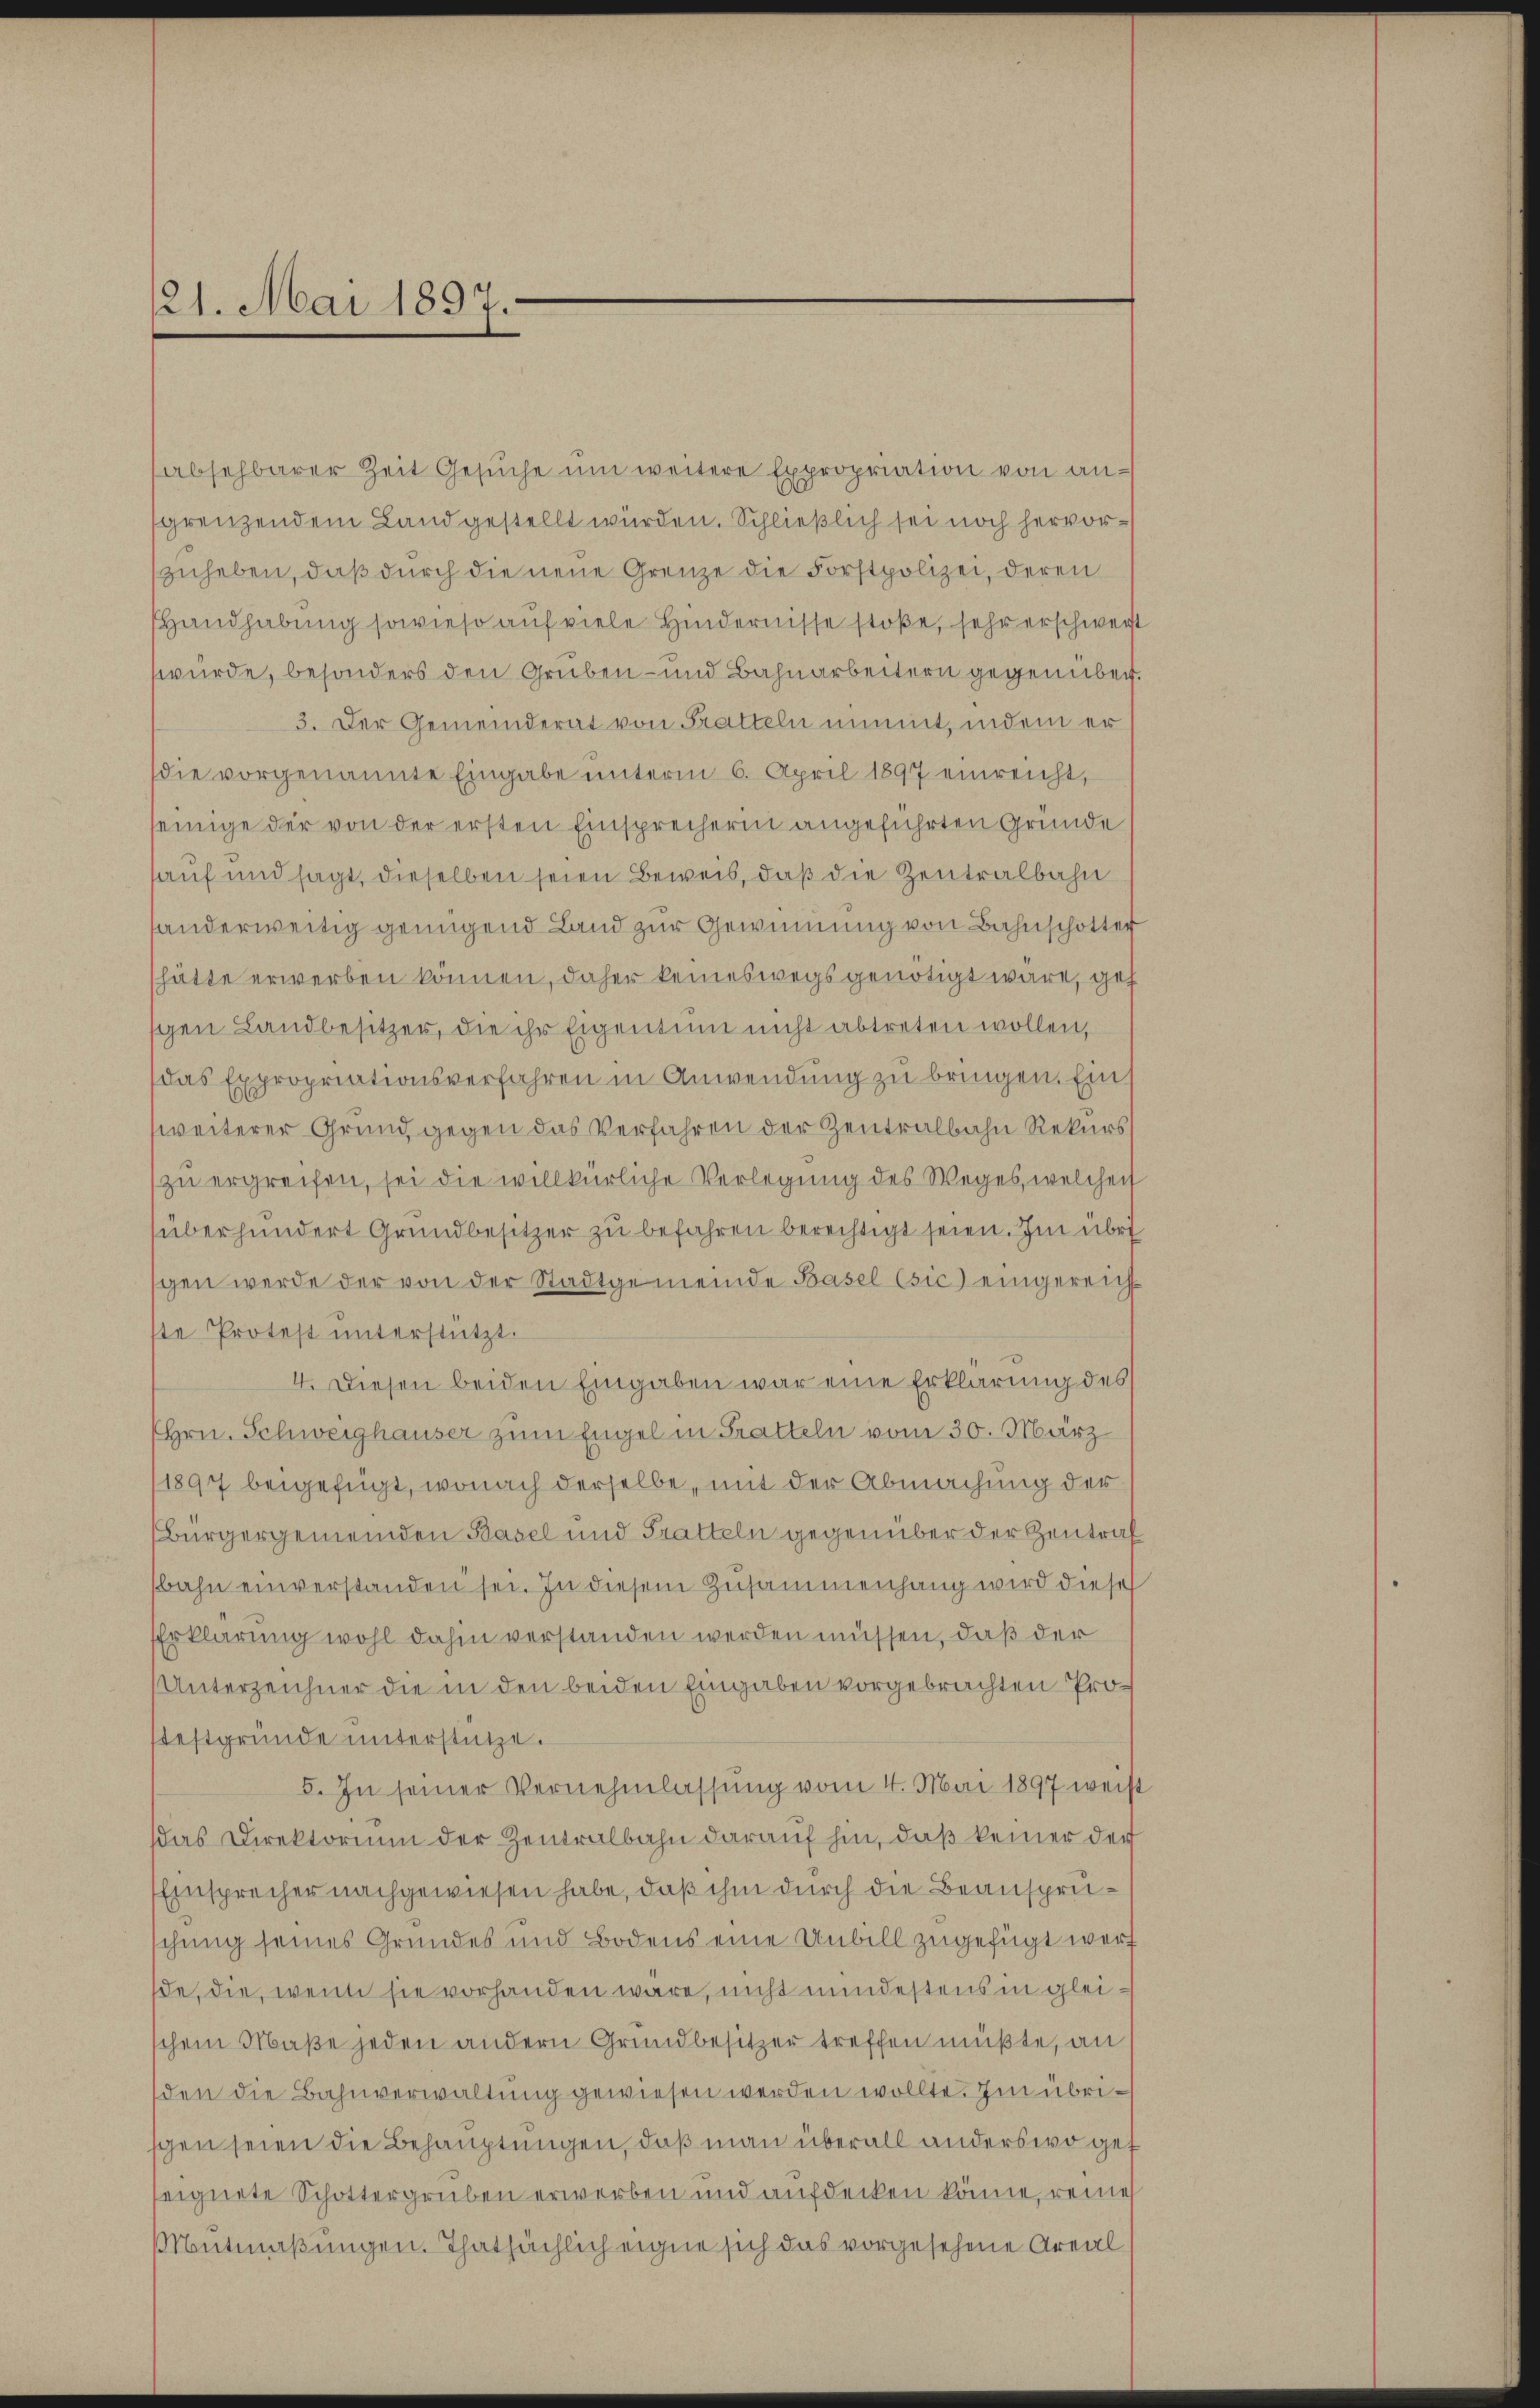
121. Mai 1897.

absehbarer Zeit Gesŭche ŭm weitere Expropriation von angrenzendem Land gestellt würden. Schließlich sei noch hervorzuheben, daß durch die neue Grenze die Forstpolizei, deren
Handhabung sowieso auf viele Hindernisse stoße, sehr erschwert
würde, besonders den Gruben- und Bahnarbeitern gegenüber.
3. Der Gemeinderat von Tratteln nimmt, indem er
die vorgenannte Eingabe unterm 6. April 1897 einreicht,
einige der von der ersten Einsprecherin angeführten Gründe
hauf und sagt, dieselben seien Beweis, daß die Zentralbahn
handerweitig genügend Land zur Gewinnung von Bahnschotter
hätte erwerben können, daher keineswegs genötigt wäre, geh
gen Landbesitzer, die ihr Eigentum nicht abtreten wollen,
das Expropriationsverfahren in Anwendung zu bringen. Ein
weiterer Grund, gegen das Verfahren der Zentralbahn Rekurs
zu ergreifen, sei die willkürliche Verlegung des Weges, welcher
überhundert Grundbesitzer zu befahren berechtigt seien. Im übri
gen werde der von der Stadtgemeinde Basel (sic) eingereichste Protest unterstützt.
4. Diesen beiden Eingaben war eine Erklärung des
Hrn. Schweighauser zum Engel in Tratteln vom 30. März
1897 beigefügt, wonach derselbe, mit der Abmachung der
Bürgergemeinden Basel und Tratteln gegenüber der Zentraf
bahn einverstanden sei. In diesem Zusammenhang wird diese
Erklärung wohl dahin verstanden werden müssen, daß der
Unterzeichner die in den beiden Eingaben vorgebrachten Prosfestgründe unterstütze.
5. In seiner Vernehmlassung vom 4. Mai 1897 weis
ddas Direktorium der Zentralbahn darauf hin, daß keiner der
Einsprecher nachgewiesen habe, daß ihm durch die Beansprüschung seines Grundes und Bodens eine Unbill zugefügt werf
de, die, wenn sie vorhanden wäre, nicht mindestens in gleichem Maße jeden andern Grundbesitzer treffen müßte, an
den die Bahnverwaltung gewiesen werden wollte. Im übrischen seien die Behauptungen, daß man überall anderswo gef
seignete Schottergruben erwerben und aufdecken könne, reines
utmaßungen. Thatsächlich eigne sich das vorgesehene Areal